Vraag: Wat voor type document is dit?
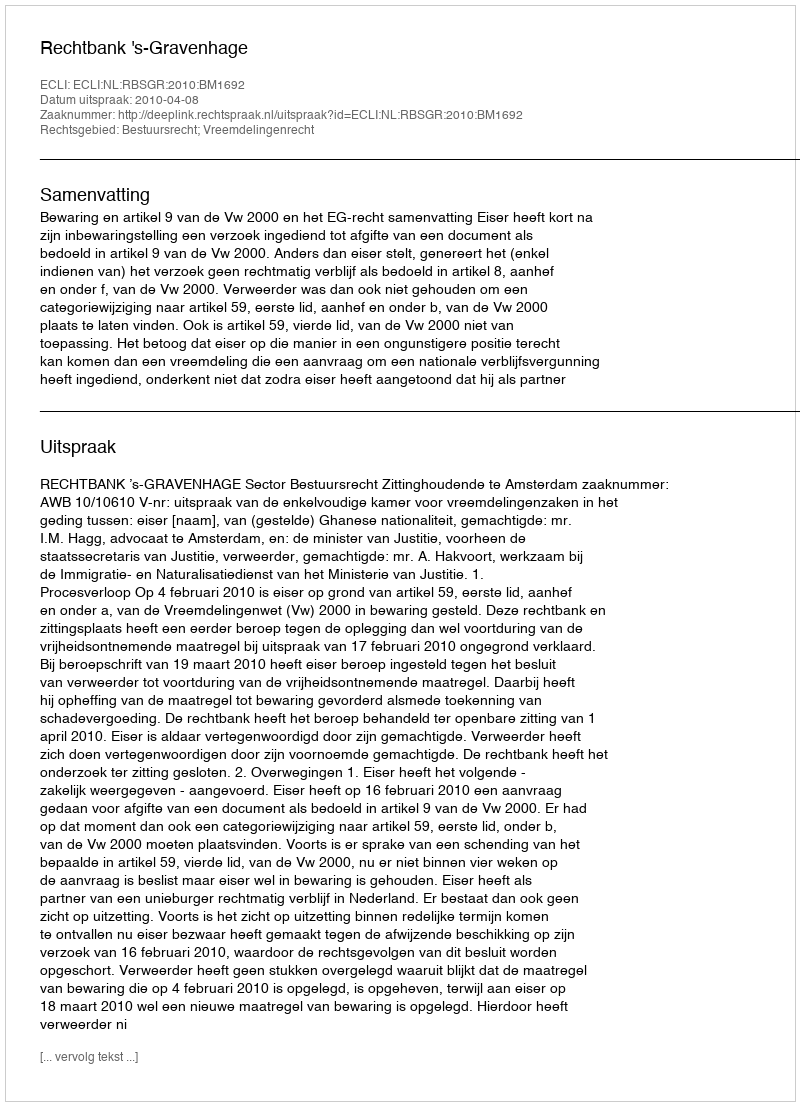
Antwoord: Uitspraak